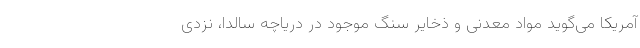
آمریکا می‌گوید مواد معدنی و ذخایر سنگ موجود در دریاچه سالدا، نزدی